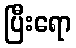
ပြီးရော